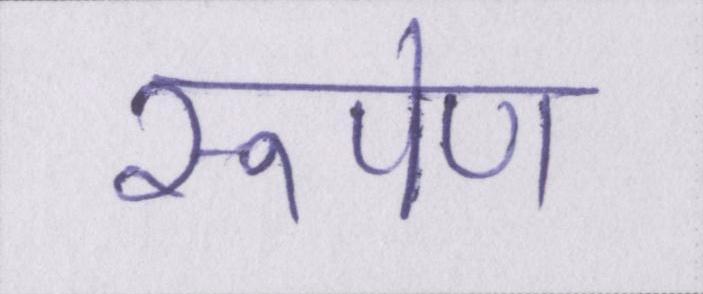
रूपेण